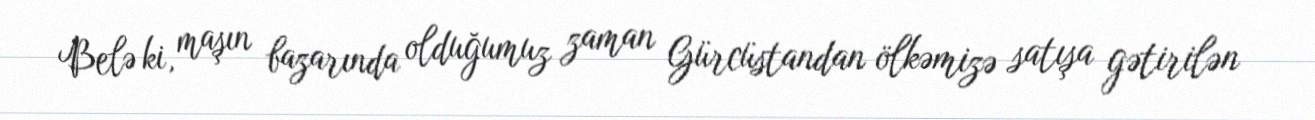
Belə ki, maşın bazarında olduğumuz zaman Gürcüstandan ölkəmizə satışa gətirilən